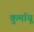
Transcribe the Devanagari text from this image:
कुमॉयू